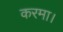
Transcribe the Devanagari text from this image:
करमा।